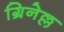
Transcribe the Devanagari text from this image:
ग्रिनेल्ल